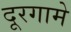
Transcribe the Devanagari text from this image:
दूरगामे